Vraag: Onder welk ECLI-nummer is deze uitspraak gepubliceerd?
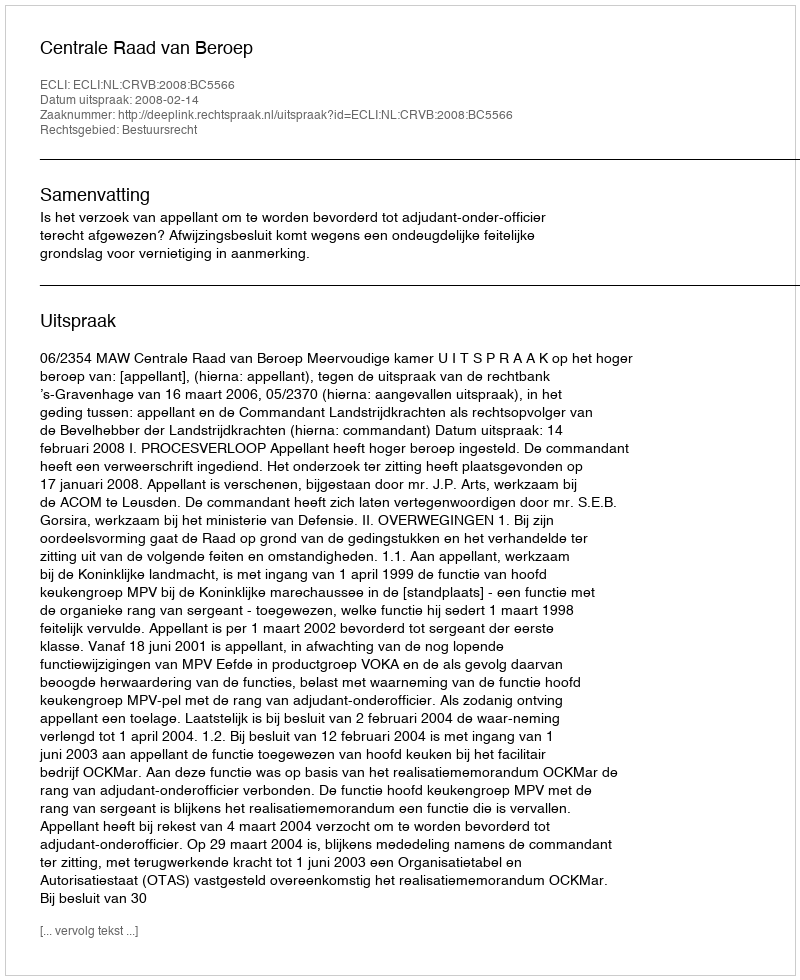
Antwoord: ECLI:NL:CRVB:2008:BC5566